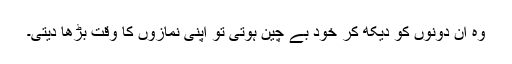
وہ ان دونوں کو دیکھ کر خود بے چین ہوتی تو اپنی نمازوں کا وقت بڑھا دیتی۔